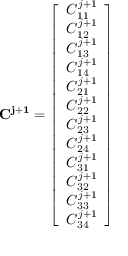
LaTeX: \mathbf { C ^ { j + 1 } } = { \left[ \begin{array} { l } { C _ { 1 1 } ^ { j + 1 } } \\ { C _ { 1 2 } ^ { j + 1 } } \\ { C _ { 1 3 } ^ { j + 1 } } \\ { C _ { 1 4 } ^ { j + 1 } } \\ { C _ { 2 1 } ^ { j + 1 } } \\ { C _ { 2 2 } ^ { j + 1 } } \\ { C _ { 2 3 } ^ { j + 1 } } \\ { C _ { 2 4 } ^ { j + 1 } } \\ { C _ { 3 1 } ^ { j + 1 } } \\ { C _ { 3 2 } ^ { j + 1 } } \\ { C _ { 3 3 } ^ { j + 1 } } \\ { C _ { 3 4 } ^ { j + 1 } } \end{array} \right] }